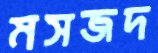
মসজদ